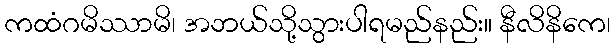
ကထံဂမိဿာမိ၊ အဘယ်သို့သွားပါရမည်နည်း။ နီလိနိကေ၊